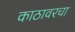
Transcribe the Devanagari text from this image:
काठावरचा